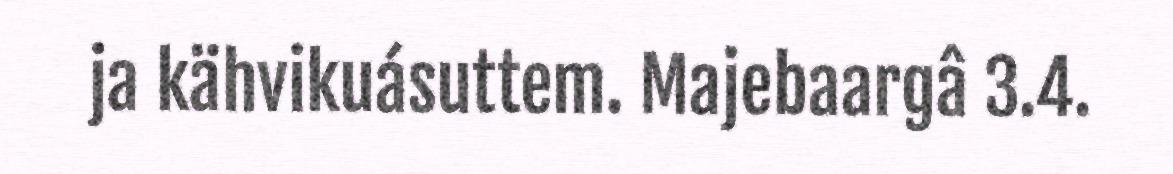
ja kähvikuásuttem. Majebaargâ 3.4.